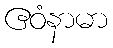
ဧဝံနာမာ